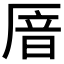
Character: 𫨏